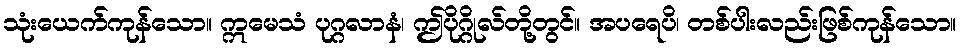
သုံးယေက်ကုန်သော။ ဣမေသံ ပုဂ္ဂလာနံ၊ ဤပိုဂ္ဂိုလ်တို့တွင်။ အပရေပိ၊ တစ်ပါးလည်းဖြစ်ကုန်သော။